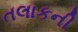
તલાકની